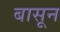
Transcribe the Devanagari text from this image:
बासून